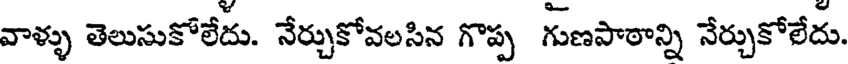
వాళ్ళు తెలుసుకోలేదు. నేర్చుకోవలసిన గొప్ప గుణపాఠాన్ని నేర్చుకోలేదు.